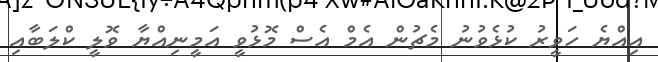
އިއްޔެ ހަވީރު ކުޅެވުނު މެޗުން އެމް އެސް މޮޅުވީ އަމީނިއްޔާ ވޮލީ ކްލަބާއި